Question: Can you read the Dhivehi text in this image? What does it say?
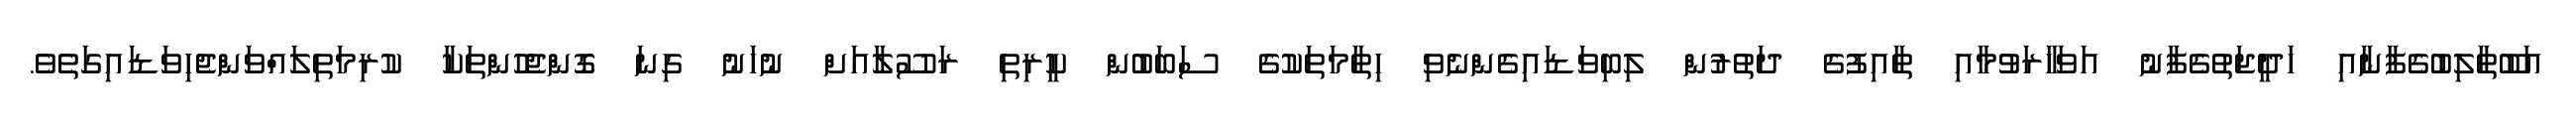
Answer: އަބޫޠާލިބުގެފާނާއި ޚަދީޖަތުގެފާނު އަވަހާރަވުމާއި ޠާއިފުގެ ދަތުރުން ލިބިވަޑައިގެންނެވި ހިތާމަތަކުގެ ސަބަބުން ކީރިތި ރަސޫލާއަށް ނުހަނު ގިނަ ގޮންޖެހުންތަކާ ކުރިމަތިލައްވަންޖެހިވަޑައިގަތެވެ.